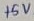
Text: +5V